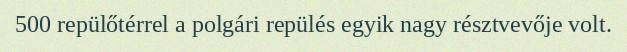
500 repülőtérrel a polgári repülés egyik nagy résztvevője volt.